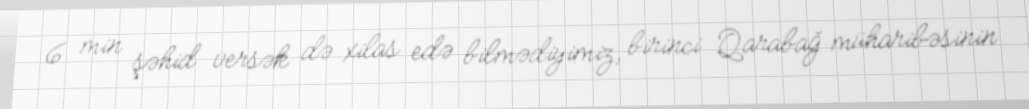
6 min şəhid versək də xilas edə bilmədiyimiz, birinci Qarabağ müharibəsinin